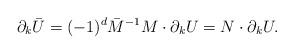
LaTeX: \begin{align*}\ \partial_k \bar{U} = (-1)^d \bar{M}^{-1}M\cdot\partial_k U = N\cdot\partial_k U .\end{align*}